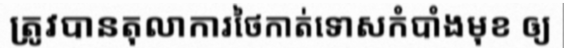
ត្រូវបានតុលាការថៃកាត់ទោសកំបាំងមុខ ឲ្យ